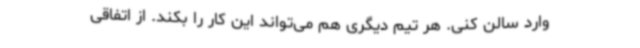
وارد سالن کنی. هر تیم دیگری هم می‌تواند این کار را بکند. از اتفاقی